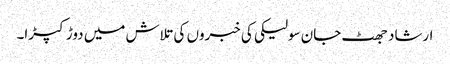
ارشاد جھٹ جان سولیکی کی خبروں کی تلاش میں دوڑ کپڑا۔